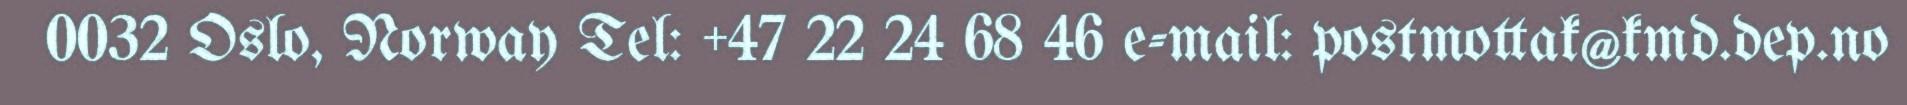
0032 Oslo, Norway Tel: +47 22 24 68 46 e-mail: postmottak@kmd.dep.no